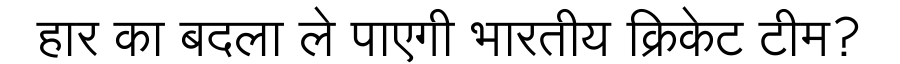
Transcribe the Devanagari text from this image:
हार का बदला ले पाएगी भारतीय क्रिकेट टीम?